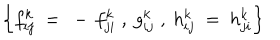
\left\{ f _ { i j } ^ { k } \ = \ - \, f _ { j i } ^ { k } \; , \ g _ { i j } ^ { k } \; , \ h _ { i j } ^ { k } \ = \ h _ { j i } ^ { k } \right\}